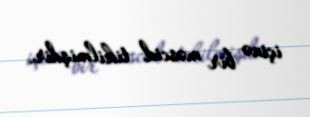
içinə bir məscid tikilmişdir.